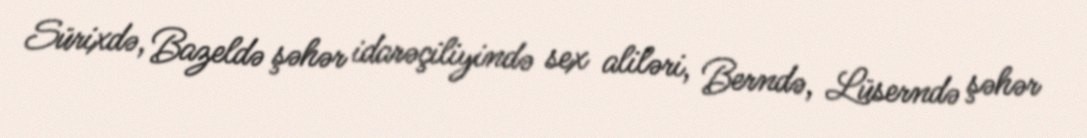
Sürixdə, Bazeldə şəhər idarəçiliyində sex aliləri, Berndə, Lüserndə şəhər